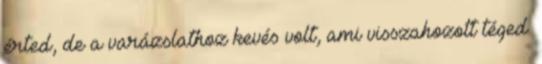
érted, de a varázslathoz kevés volt, ami visszahozott téged.